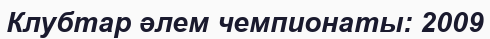
Клубтар әлем чемпионаты: 2009